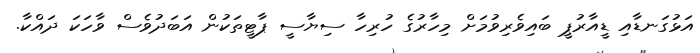
އަޅުގަނޑާއި ޑީއާރުޕީ ބައިވެރިވުމަށް މިހާރުގެ ހުރިހާ ސިޔާސީ ޕާޓީތަކުން އަބަދުވެސް ވާހަކަ ދައްކާ.